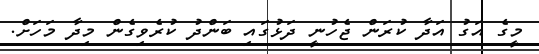
މީގެ އަގު އަދާ ކުރަން ޖެހުނީ ދަޅުގައި ބަންދު ކުރެވިގެން މިދާ މަހަށް.